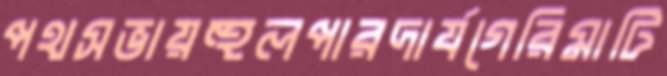
পথসভায়হুলপারদার্যগেরিমাটি